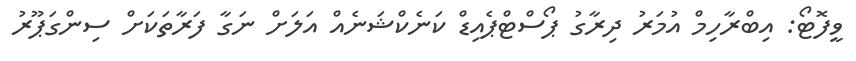
ވީފޮޓޯ: އިބްރާހިމް އުމަރު ދިރާގު ޕޯސްޓްޕެއިޑް ކަނެކްޝަނެއް އަލަށް ނަގާ ފަރާތަކަށް ސިންގަޕޫރު